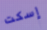
إسكت